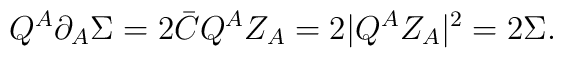
Q^A \partial_A \Sigma = 2 \bar{C} Q^A Z_A = 2 |Q^A Z_A|^2 = 2 \Sigma.